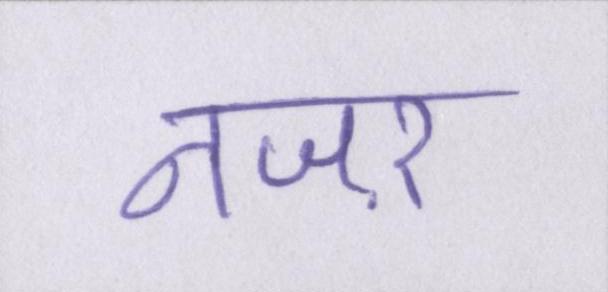
नजऱ